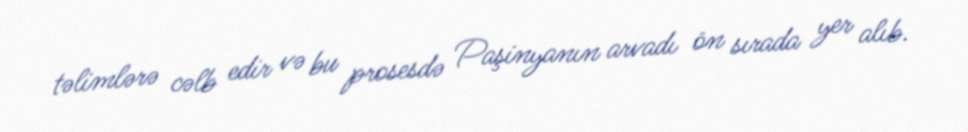
təlimlərə cəlb edir və bu prosesdə Paşinyanın arvadı ön sırada yer alıb.